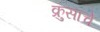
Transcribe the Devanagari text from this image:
क्रुसाचे